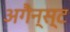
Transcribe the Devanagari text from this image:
अगैन्स्ट